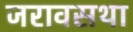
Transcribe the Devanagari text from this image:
जरावसथा